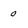
Character: 0